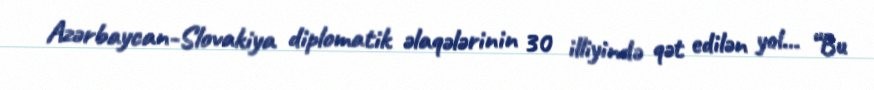
Azərbaycan-Slovakiya diplomatik əlaqələrinin 30 illiyində qət edilən yol... “Bu